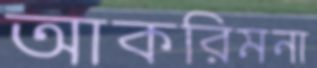
আকরিমনা